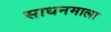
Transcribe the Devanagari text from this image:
साधनमाला